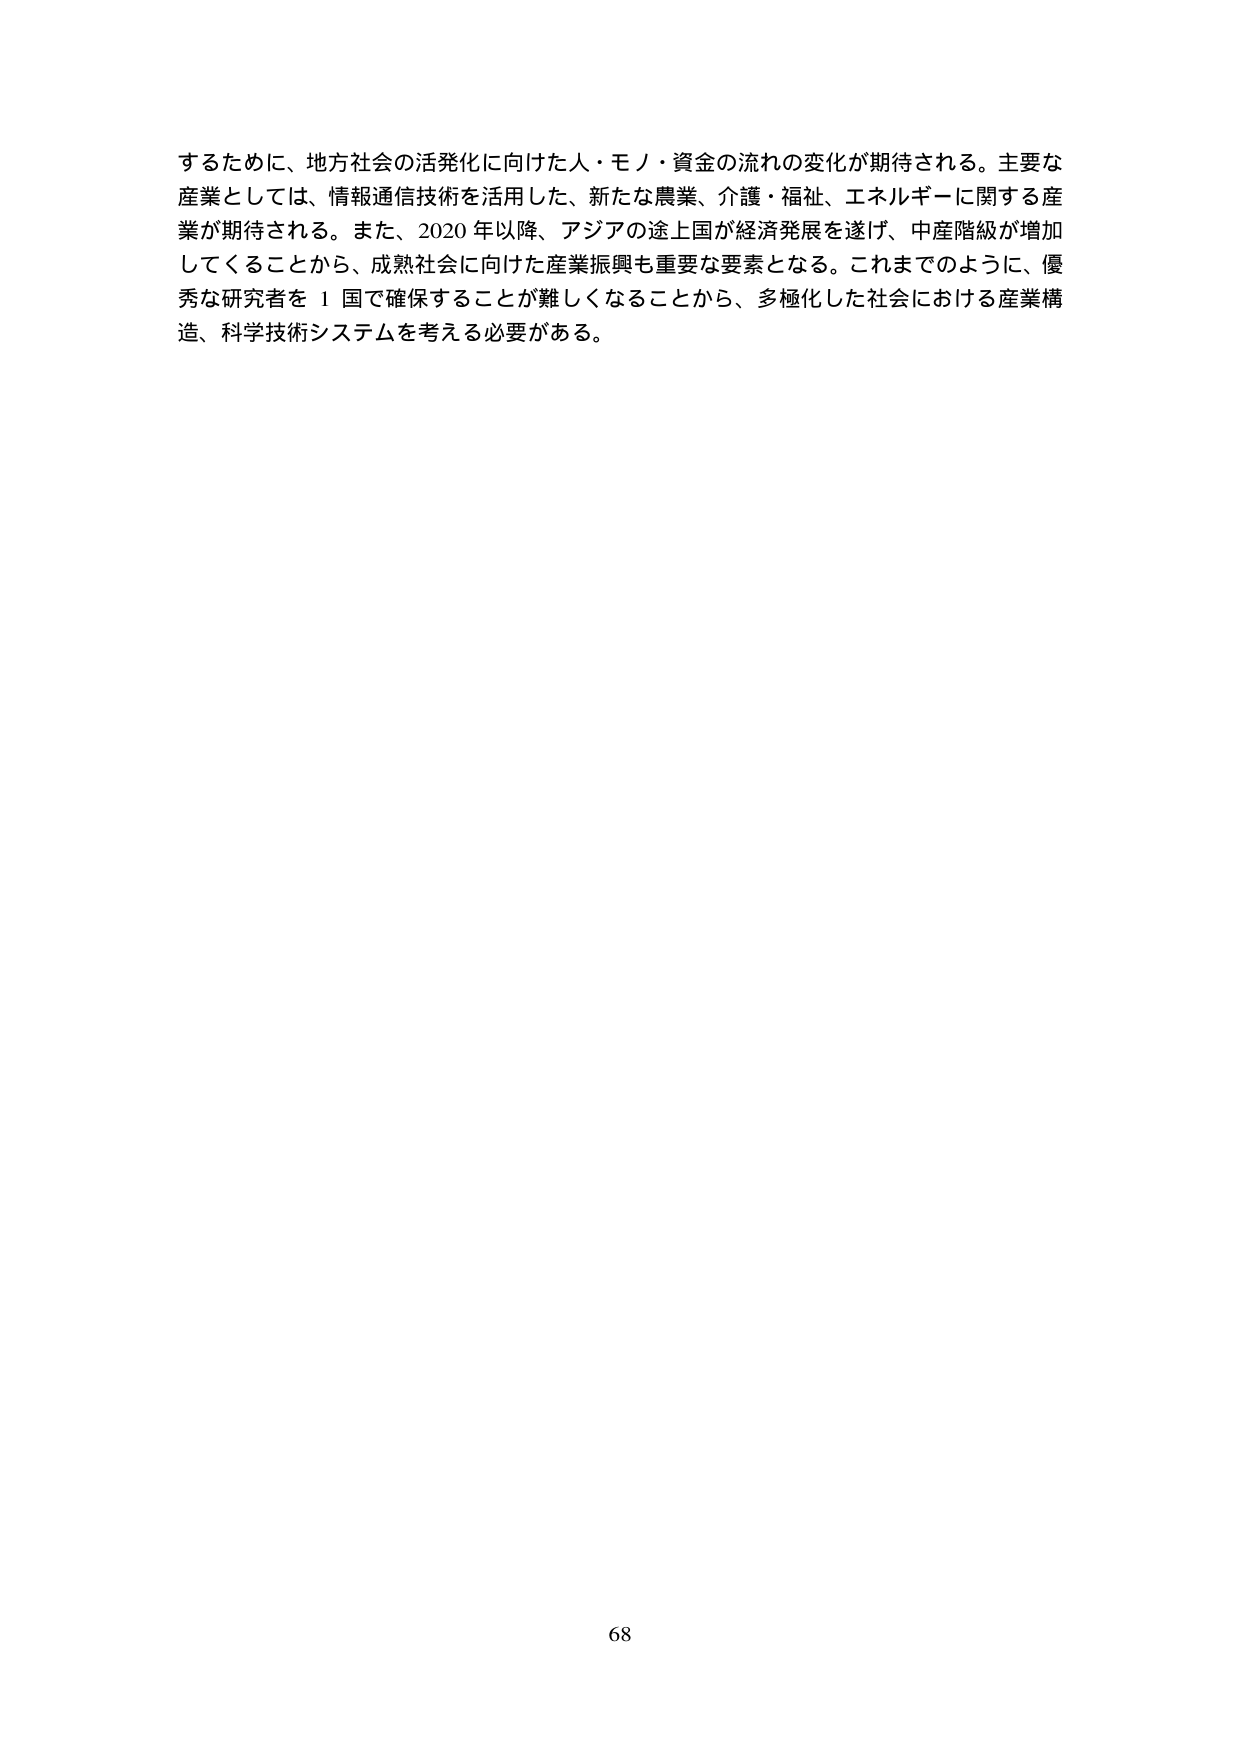
するために、地方社会の活発化に向けた人・モノ・資金の流れの変化が期待される。主要な産業としては、情報通信技術を活用した、新たな農業、介護・福祉、エネルギーに関する産業が期待される。また、2020年以降、アジアの途上国が経済発展を遂げ、中産階級が増加してくることから、成熟社会に向けた産業振興も重要な要素となる。これまでのように、優秀な研究者を１国で確保することが難しくなることから、多極化した社会における産業構造、科学技術システムを考える必要がある。

68